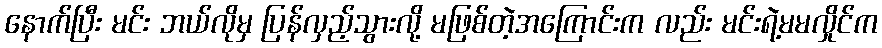
နောက်ပြီး မင်း ဘယ်လိုမှ ပြန်လှည့်သွားလို့ မဖြစ်တဲ့အကြောင်းက လည်း မင်းရဲ့မမလှိုင်က